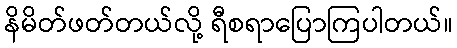
နိမိတ်ဖတ်တယ်လို့ ရီစရာပြောကြပါတယ်။